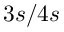
3 s / 4 s